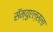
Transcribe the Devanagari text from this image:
सॅम्युएल्सला